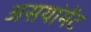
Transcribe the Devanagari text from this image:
असयांमेंट